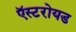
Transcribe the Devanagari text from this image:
ऍस्टरोयड